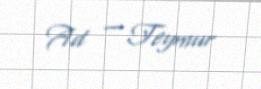
Ad — Teymur